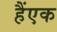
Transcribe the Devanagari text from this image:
हैंएक